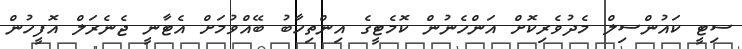
ސިޓީ ކައުންސިލް މެދުވެރިކޮށް އަންހެނުން ކޮމެޓީގެ އިންތިހާބު ބޭއްވުމަށް އެޓާނީ ޖެނެރަލް އޮފީހުން